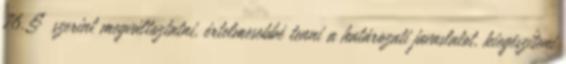
76.§ szerint megváltoztatni, értelmesebbé tenni a határozati javaslatot, kiegészíteni